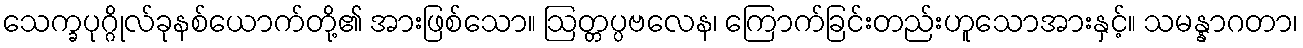
သေက္ခပုဂ္ဂိုလ်ခုနစ်ယောက်တို့၏ အားဖြစ်သော။ ဩတ္တပ္ပဗလေန၊ ကြောက်ခြင်းတည်းဟူသောအားနှင့်။ သမန္နာဂတာ၊